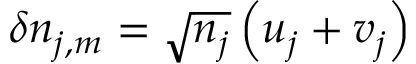
\delta n _ { j , m } = \sqrt { n _ { j } } \left( u _ { j } + v _ { j } \right)